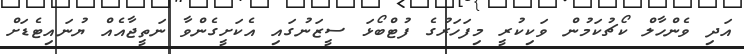
އަދި ވެންހާލް ކޯޗުކަމުން ވަކިކުރީ މިފަހަރުގެ ފުޓްބޯޅަ ސީޒަނުގައި އެކަށީގެންވާ ނަތީޖާއެއް ޔުނައިޓެޑަށް